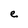
Character: e